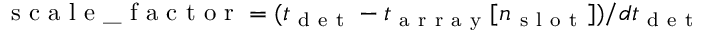
\mathrm { ~ s ~ c ~ a ~ l ~ e ~ \_ ~ f ~ a ~ c ~ t ~ o ~ r ~ } = ( t _ { \mathrm { ~ d ~ e ~ t ~ } } - t _ { \mathrm { ~ a ~ r ~ r ~ a ~ y ~ } } [ n _ { \mathrm { ~ s ~ l ~ o ~ t ~ } } ] ) / d t _ { \mathrm { ~ d ~ e ~ t ~ } }